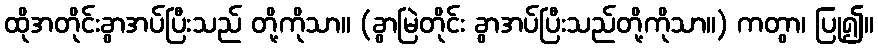
ထိုအတိုင်းခွာအပ်ပြီးသည် တို့ကိုသာ။ (ခွာမြဲတိုင်း ခွာအပ်ပြီးသည်တို့ကိုသာ။) ကတွာ၊ ပြု၍။